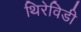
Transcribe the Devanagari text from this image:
थिरेविडी